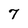
Character: 7